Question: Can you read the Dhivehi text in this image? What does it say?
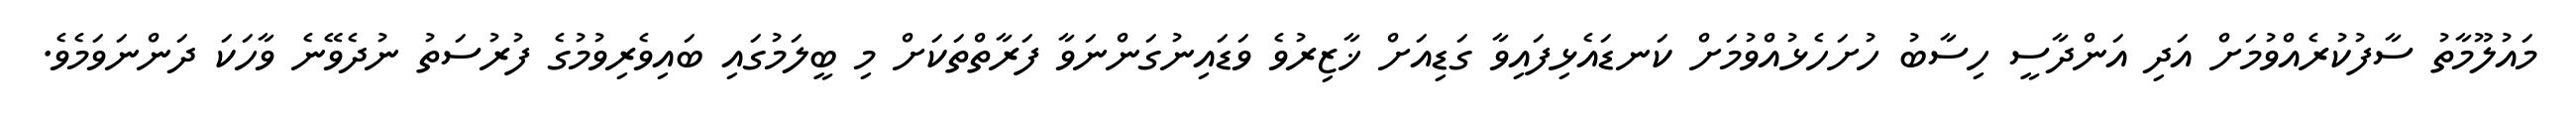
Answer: މައުލޫމާތު ސާފުކުރެއްވުމަށް އަދި އަންދާސީ ހިސާބު ހުށަހެޅުއްވުމަށް ކަނޑައެޅިފައިވާ ގަޑިއަށް ޚާޒިރުވެ ވަޑައިނުގަންނަވާ ފަރާތްތަކަށް މި ބީލަމުގައި ބައިވެރިވުމުގެ ފުރުސަތު ނުދެވޭނެ ވާހަކަ ދަންނަވަމެވެ.